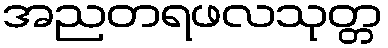
အညတရဖလသုတ္တ